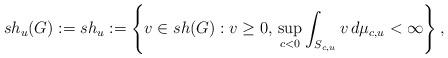
LaTeX: \begin{align*}\mathnormal{sh}_u(G):=\mathnormal{sh}_u:=\left\{v\in sh(G):v\geq0,\,\sup _{c<0}\int_{S_{c,u}}v\,d\mu _{c,u}<\infty\right\},\end{align*}